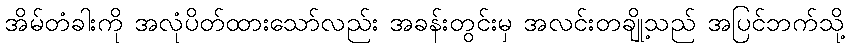
အိမ်တံခါးကို အလုံပိတ်ထားသော်လည်း အခန်းတွင်းမှ အလင်းတချို့သည် အပြင်ဘက်သို့